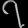
Digit: ၇